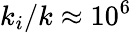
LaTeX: k_{i}/k\approx 10^{6}